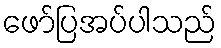
ဖော်ပြအပ်ပါသည်